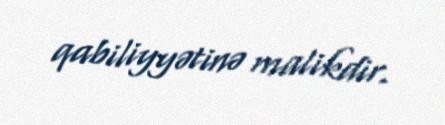
qabiliyyətinə malikdir.